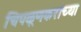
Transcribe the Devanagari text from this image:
चिपळूणकरांच्या